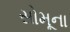
સોમૂના